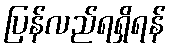
ပြန်လည်ရရှိရန်